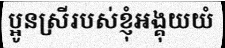
ប្អូនស្រីរបស់ខ្ញុំអង្គុយយំ